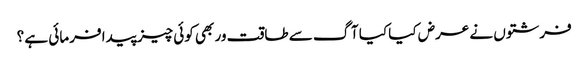
فرشتوں نے عرض کیا کیا آگ سے طاقت ور بھی کوئی چیز پیدا فرمائی ہے ؟